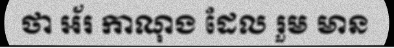
ថា អ័រ កាណុង ដែល រួម មាន